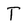
Character: T